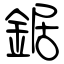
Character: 鋸